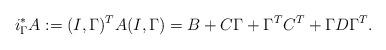
LaTeX: \begin{align*}i_{\Gamma}^* A := (I, \Gamma)^T A (I,\Gamma) = B + C\Gamma + \Gamma^T C^T + \Gamma D \Gamma^T.\end{align*}